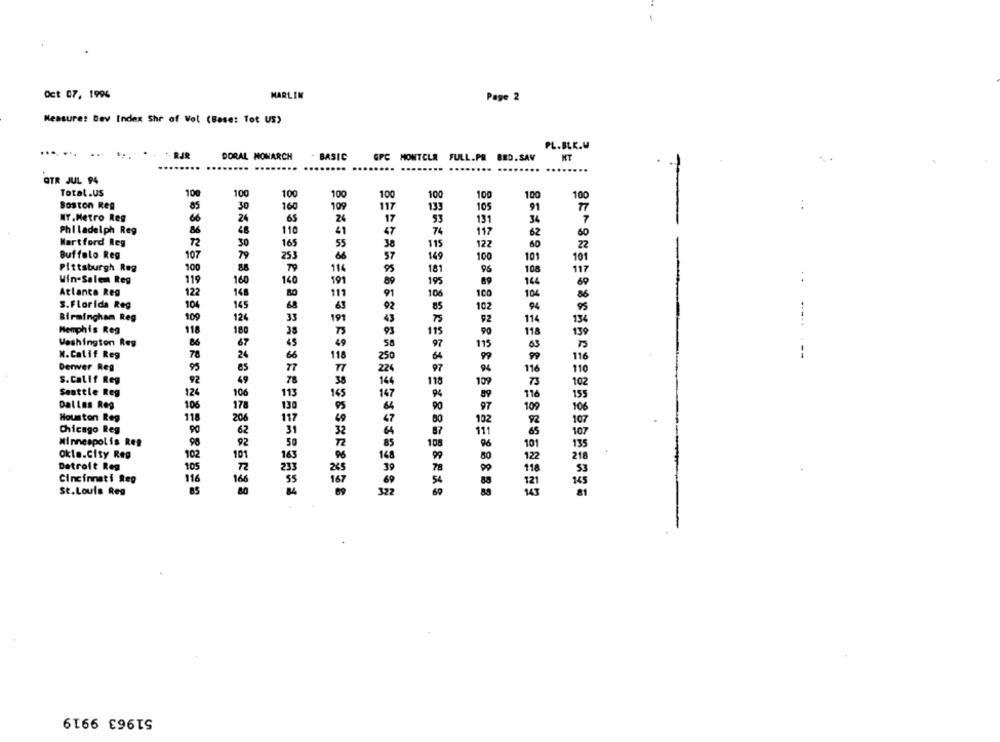
Oct 07, 1996
MARLIN
Page 2
Measure: Dev Index Shr of Wol (Base: Tot US)
PL.BLK.W
..
- RJR
DORAL MONARCH
- BASIC
GPC MONTELR FULL.PR BRD.SAV
HT
QTR JUL 94
: 208.18
Total.US
100
100
100
100
100
100
100
100
100
Boston Reg
85
109
117
133
105
30
NT.Metro Reg
6
93
131
34
Philadelph Reg
86
110
74
48
197
Martford Reg
72
30
115
122
Buffalo Reg
107
79
149
100
101
10
Pittsburgh Reg
100
88
11
181
96
108
117
Win-Salem Reg
119
160
140
191
195
89
166
Atlanco Reg
122
16
106
100
104
S.Florida Reg
104
145
102
Birmingham Reg
109
124
92
114
Memphis Reg
118
180
90
118
Washington Reg
%6
67
115
N.Calif Reg
78
24
--
Derwer Reg
95
S.Calif Reg
Seattle Reg
124
106
Dallas Reg
106
178
Houston Reg
118
206
102
Chicago Reg
90
Minneapolis Ren
96
92
Okle.City Reg
102
101
Detroit Reg
105
Cincinnati Reg
116
St.Louis Reg
322
SPRK=9588 :******* 28 **** %
51963 9919